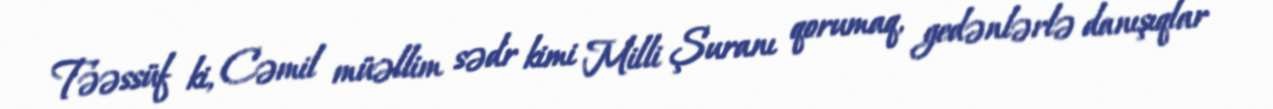
Təəssüf ki, Cəmil müəllim sədr kimi Milli Şuranı qorumaq, gedənlərlə danışıqlar